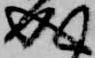
成